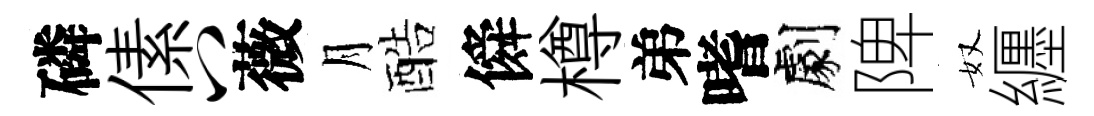
磷傃八薇月酷僢樽弟嗜劇陴奴纒